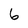
Character: 6